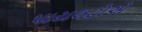
પાયલટોએ